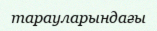
тарауларындағы